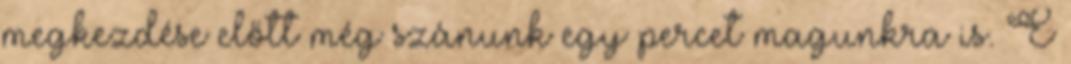
megkezdése előtt még szánunk egy percet magunkra is. E